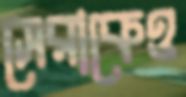
সেরাকেও